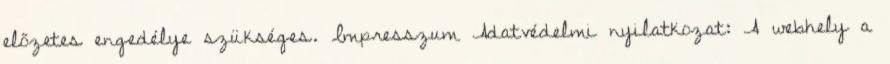
előzetes engedélye szükséges. Impresszum Adatvédelmi nyilatkozat: A webhely a